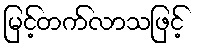
မြင့်တက်လာသဖြင့်